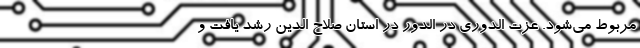
مربوط می‌شود. عزت الدوری در الدور در استان صلاح الدین رشد یافت و